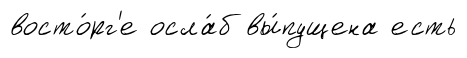
восто́рг'е осла́б вы́пущена есть